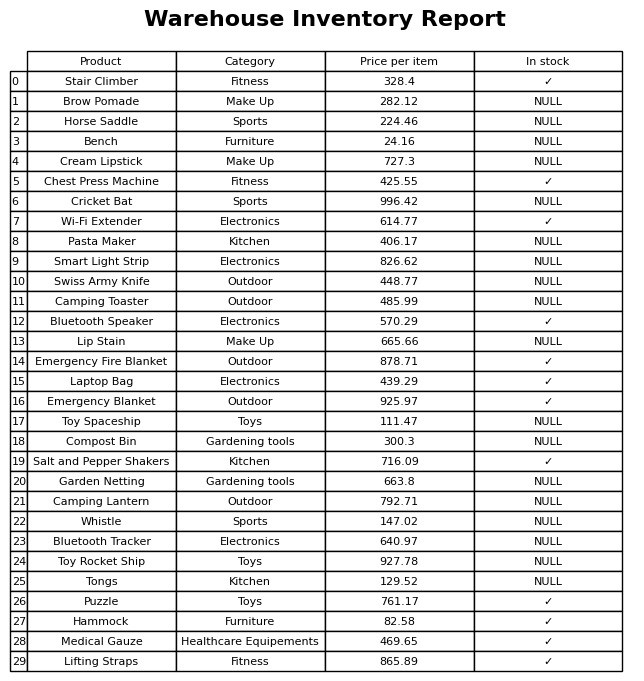
question: What is the price for Wi-Fi Extender?
answer: The price of Wi-Fi Extender is 614.77.